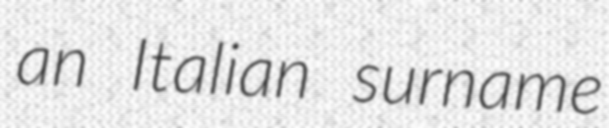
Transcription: an Italian surname